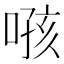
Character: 𫫂